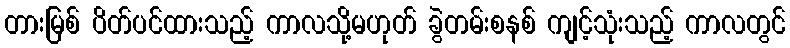
တားမြစ် ပိတ်ပင်ထားသည့် ကာလသို့မဟုတ် ခွဲတမ်းစနစ် ကျင့်သုံးသည့် ကာလတွင်